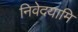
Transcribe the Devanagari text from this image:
निवेदयामि